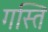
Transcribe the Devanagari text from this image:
गस्ति